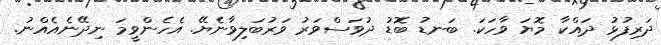
ދަރިފުޅު ދައްކާ މޮޔަ ވާހަކަ. ބަނޑު ބޮޑު ދުވަސްވަރު ވަރުބަލިވާނެޔޭ. އެހެންވީމަ ނިދޭނެއެއްނު.